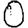
Digit: 0